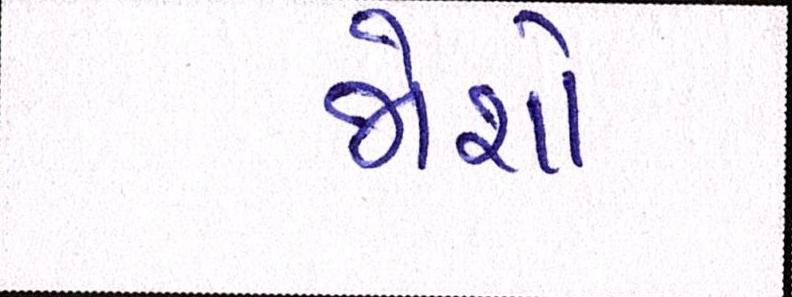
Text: જોશો